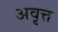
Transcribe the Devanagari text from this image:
अवृत्त